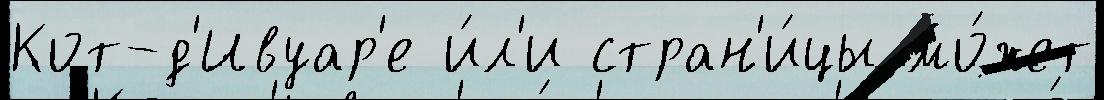
Кот-д'Ивуар'е и́л'и стран'и́цы мо́жет